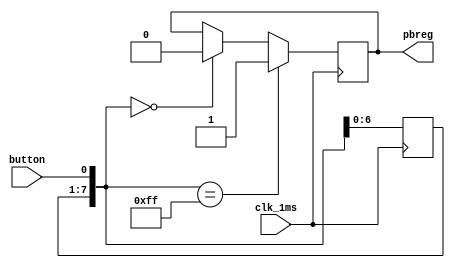
`timescale 1ns / 1ps
//////////////////////////////////////////////////////////////////////////////////
// Company: 
// Engineer: 
// 
// Design Name: 
// Module Name:    pbdebounce 
// Project Name: 
// Target Devices: 
// Tool versions: 
// Description: 
//
// Dependencies: 
//
// Revision: 
// Revision 0.01 - File Created
// Additional Comments: 
//
//////////////////////////////////////////////////////////////////////////////////
module pbdebounce(
	input wire clk_1ms,
	input wire button, 
	output reg pbreg
	);
 
	reg [7:0] pbshift;

	always@(posedge clk_1ms) begin
		pbshift=pbshift<<1;
		pbshift[0]=button;
		if (pbshift==8'b0)
			pbreg=0;
		if (pbshift==8'hFF)
			pbreg=1;	
	end
endmodule